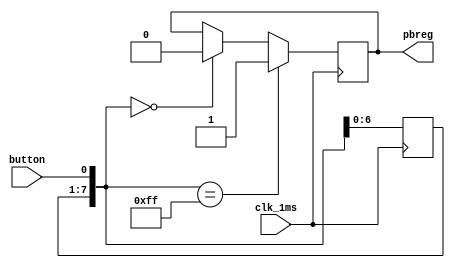
`timescale 1ns / 1ps
//////////////////////////////////////////////////////////////////////////////////
// Company: 
// Engineer: 
// 
// Design Name: 
// Module Name:    pbdebounce 
// Project Name: 
// Target Devices: 
// Tool versions: 
// Description: 
//
// Dependencies: 
//
// Revision: 
// Revision 0.01 - File Created
// Additional Comments: 
//
//////////////////////////////////////////////////////////////////////////////////
module pbdebounce(
	input wire clk_1ms,
	input wire button, 
	output reg pbreg
	);
 
	reg [7:0] pbshift;

	always@(posedge clk_1ms) begin
		pbshift=pbshift<<1;
		pbshift[0]=button;
		if (pbshift==8'b0)
			pbreg=0;
		if (pbshift==8'hFF)
			pbreg=1;	
	end
endmodule